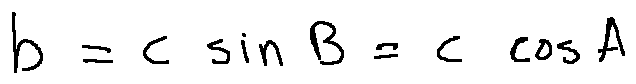
b = c \sin B = c \cos A